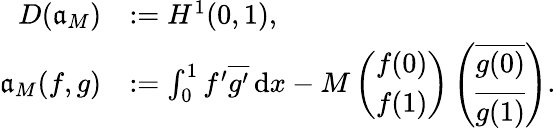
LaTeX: \begin{array}{rl}{D({\mathfrak a}_{M})}&{:=H^{1}(0,1),}\\ {{\mathfrak a}_{M}(f,g)}&{:=\int_{0}^{1}f^{\prime}\overline{{g^{\prime}}}\, \mathrm{d}x-M\left(\begin{array}{l}{f(0)}\\ {f(1)}\end{array}\right)\left(\begin{array}{l}{\overline{{g(0)}}}\\ {\overline{{g(1)}}}\end{array}\right).}\end{array}